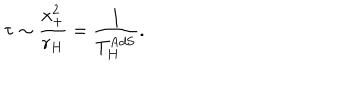
\tau \sim \frac { x _ { + } ^ { 2 } } { r _ { H } } = \frac { 1 } { T _ { H } ^ { \mathrm { A d S } } } .